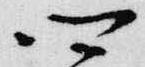
四